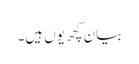
بیان کچھ یوں ہیں۔